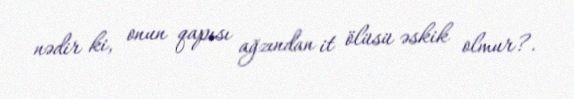
nədir ki, onun qapısı ağzından it ölüsü əskik olmur?.